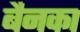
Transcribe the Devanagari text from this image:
बैनका